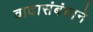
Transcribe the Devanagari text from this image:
वादासंबंधाने